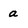
Character: a